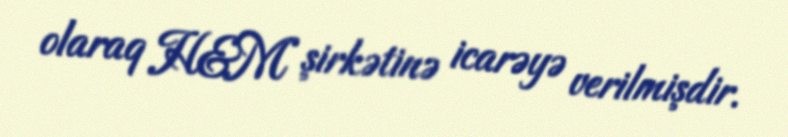
olaraq H&M şirkətinə icarəyə verilmişdir.